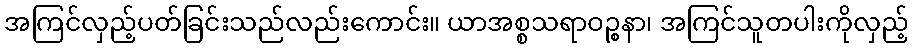
အကြင်လှည့်ပတ်ခြင်းသည်လည်းကောင်း။ ယာအစ္စသရာဝဉ္စနာ၊ အကြင်သူတပါးကိုလှည့်